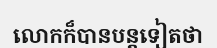
លោកក៏បានបន្តទៀតថា